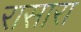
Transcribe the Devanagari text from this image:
रासारा